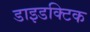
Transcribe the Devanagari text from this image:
डाइडक्टिक